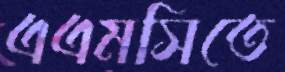
এএমসিতে